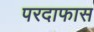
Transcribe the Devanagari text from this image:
परदाफास